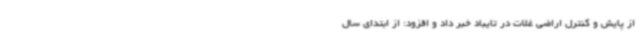
از پایش و کنترل اراضی غلات در تایباد خبر داد و افزود: از ابتدای سال